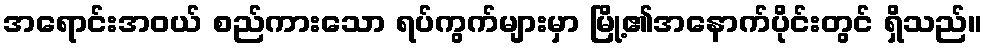
အရောင်းအဝယ် စည်ကားသော ရပ်ကွက်များမှာ မြို့၏အနောက်ပိုင်းတွင် ရှိသည်။